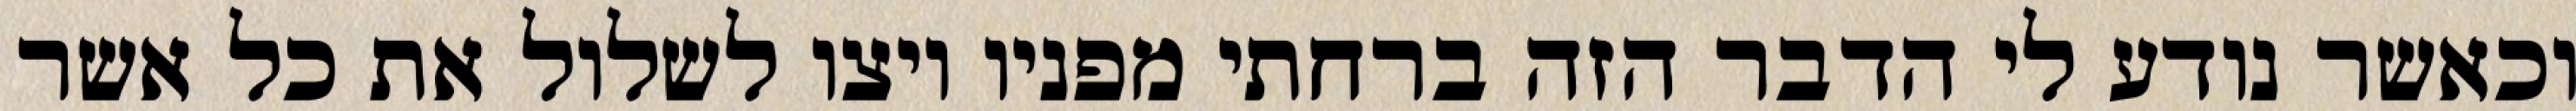
וכאשר נודע לי הדבר הזה ברחתי מפניו ויצו לשלול את כל אשר